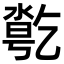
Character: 𠄄